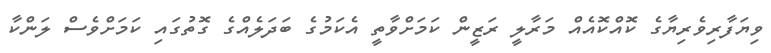
ވިޔަފާރިވެރިޔާގެ ކޮއްކޮއެއް މަރާލީ ރަޒީން ކަމަށްވާތީ އެކަމުގެ ބަދަލެއްގެ ގޮތުގައި ކަމަށްވެސް ލަންކާ